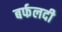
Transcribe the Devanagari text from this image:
बर्फलदी